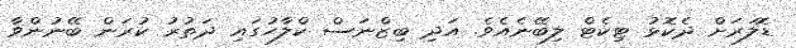
ޑޮލަރަށް ދެކޮޅު ޓިކެޓް ލިބޭނެއެވެ. އަދި ބިޒްނަސް ކްލާހުގައި ދަތުރު ކުރަން ބޭނުންވާ